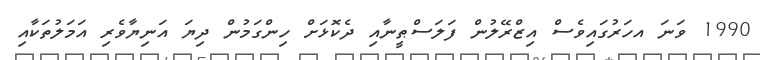
1990 ވަނަ އހަރުގައިވެސް އިޒްރޭލުން ފަލަސްޠީނާއި ދެކޮޅަށް ހިންގަމުން ދިޔަ އަނިޔާވެރި އަމަލުތަކާއި